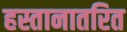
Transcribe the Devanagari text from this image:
हस्तानातरित